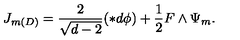
J _ { m ( D ) } = \frac { 2 } { \sqrt { d - 2 } } ( \ast d \phi ) + \frac { 1 } { 2 } F \wedge \Psi _ { m } .